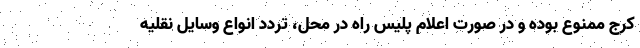
کرج ممنوع بوده و در صورت اعلام پلیس راه در محل، تردد انواع وسایل نقلیه